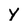
Character: y